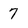
Character: 7